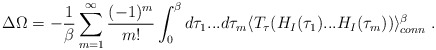
\begin{align*}\Delta \Omega = -{1\over {\beta}} \sum_{m=1}^{\infty} \frac {(-1)^m} {m!} \int_0^{\beta} d \tau_1 ... d \tau_m \langle T_{\tau} ( H_I(\tau_1) ... H_I(\tau_m) ) \rangle_{conn}^{\beta} \; .\end{align*}